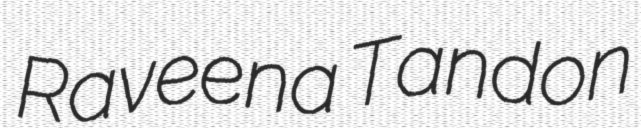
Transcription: Raveena Tandon